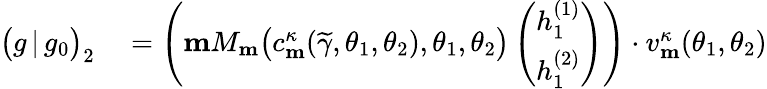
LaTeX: \begin{array}{rl}{\big(g\, |\, g_{0}\big)_{2}}&{{}=\left(\mathbf{m}M_{\mathbf{m}}\big(c_{\mathbf{m}}^{\kappa}(\widetilde{\gamma},\theta_{1},\theta_{2}),\theta_{1},\theta_{2}\big)\left(\begin{array}{l}{h_{1}^{(1)}}\\ {h_{1}^{(2)}}\end{array}\right)\right)\cdot v_{\mathbf{m}}^{\kappa}(\theta_{1},\theta_{2})}\end{array}